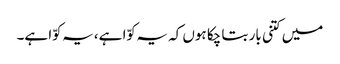
میں کتنی بار بتا چکا ہوں کہ یہ کوّا ہے، یہ کوّا ہے۔